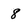
Character: 8